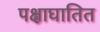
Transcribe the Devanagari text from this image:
पक्षाघातित